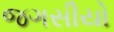
જગસીયો